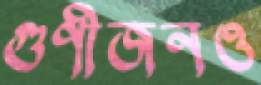
গুণীজনও